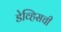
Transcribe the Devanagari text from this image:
डेव्हिसची